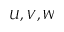
U , V , W